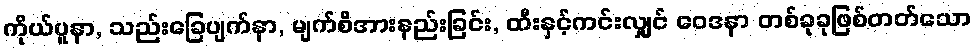
ကိုယ်ပူနာ, သည်းခြေပျက်နာ, မျက်စိအားနည်းခြင်း, ထီးနှင့်ကင်းလျှင် ဝေဒနာ တစ်ခုခုဖြစ်တတ်သော